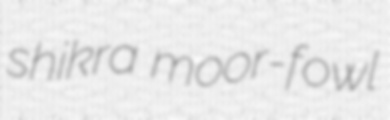
shikra moor-fowl